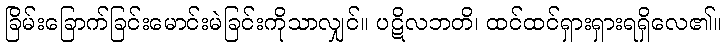
ခြိမ်းခြောက်ခြင်းမောင်းမဲခြင်းကိုသာလျှင်။ ပဋိလဘတိ၊ ထင်ထင်ရှားရှားရရှိလေ၏။